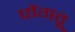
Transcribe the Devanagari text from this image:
पोंगतू